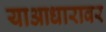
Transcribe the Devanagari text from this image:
याआधारावर